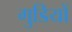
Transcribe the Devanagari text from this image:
गुडियों